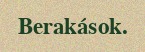
Berakások.